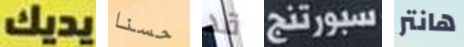
يديك حسنا قد سبورتنج هانتر